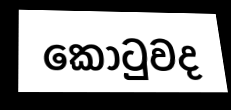
කොටුවද